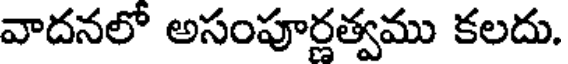
వాదనలో అసంపూర్ణత్వము కలదు.